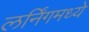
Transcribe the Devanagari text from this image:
लर्निंगमध्ये